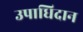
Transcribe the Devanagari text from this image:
उपाधिदान